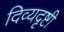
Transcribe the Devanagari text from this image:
दिव्यदृष्टी